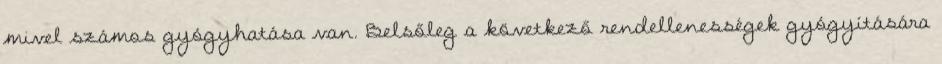
mivel számos gyógyhatása van. Belsőleg a következő rendellenességek gyógyítására